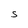
Character: S